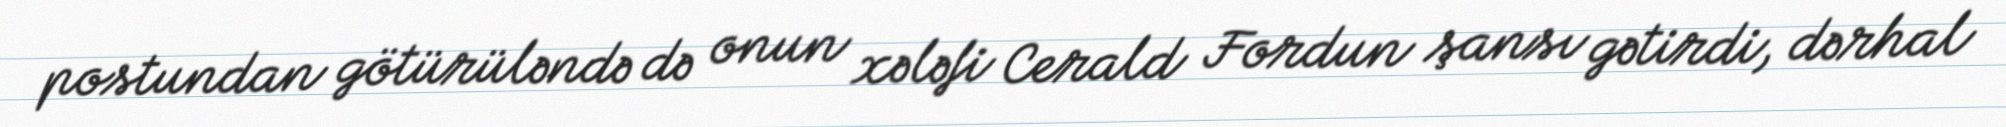
postundan götürüləndə də onun xələfi Cerald Fordun şansı gətirdi, dərhal